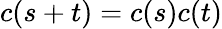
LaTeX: c(s+t)=c(s)c(t)